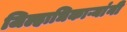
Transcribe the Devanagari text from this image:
जिल्हाधिकाऱ्यांनी